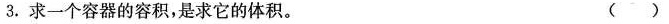
3.求一个容器的容积，是求它的体积。 ()